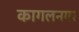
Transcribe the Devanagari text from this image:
कागलनगर